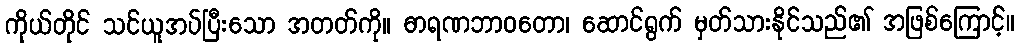
ကိုယ်တိုင် သင်ယူအပ်ပြီးသော အတတ်ကို။ ဓာရဏဘာဝတော၊ ဆောင်ရွက် မှတ်သားနိုင်သည်၏ အဖြစ်ကြောင့်။